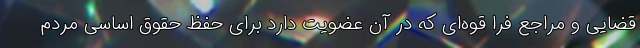
قضایی و مراجع فرا قوه‌ای که در آن عضویت دارد برای حفظ حقوق اساسی مردم